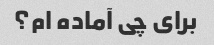
برای چی آماده ام؟